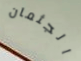
الجثمان